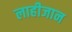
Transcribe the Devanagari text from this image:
लाहीजान